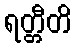
ရတ္တီတိ